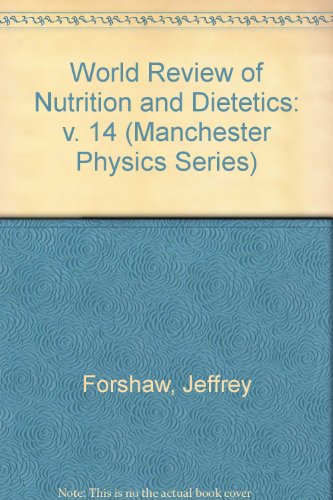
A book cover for World Review of Nutrition and Dietetics (World Review of Nutrition and Dietetics, Vol. 14) (v. 14); Medical Books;